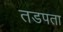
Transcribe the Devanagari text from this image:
तडपता